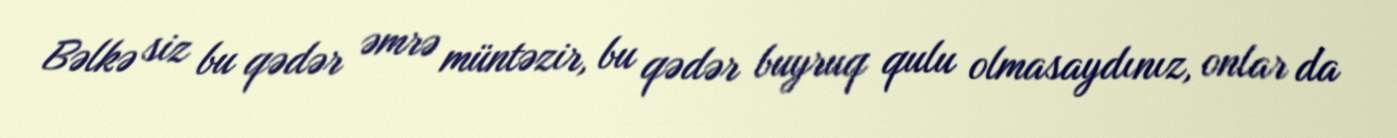
Bəlkə siz bu qədər əmrə müntəzir, bu qədər buyruq qulu olmasaydınız, onlar da